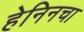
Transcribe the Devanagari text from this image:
हेनिनचा